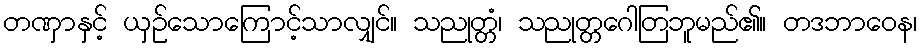
တဏှာနှင့် ယှဉ်သောကြောင့်သာလျှင်။ သညုတ္တံ၊ သညုတ္တဂေါတြဘူမည်၏။ တဒဘာဝေန၊